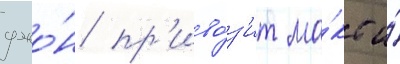
джо́н пр'иво́з'ит ма́кс и́